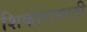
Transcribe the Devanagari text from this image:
शिकारासाठी